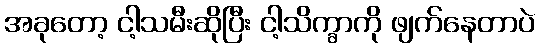
အခုတော့ ငါ့သမီးဆိုပြီး ငါ့သိက္ခာကို ဖျက်နေတာပဲ